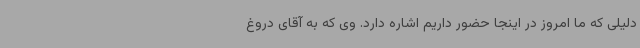
دلیلی که ما امروز در اینجا حضور داریم اشاره دارد. وی که به آقای دروغ